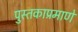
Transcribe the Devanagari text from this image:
पुस्तकाप्रमाणे